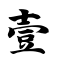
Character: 壹